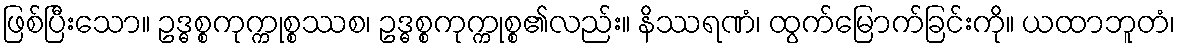
ဖြစ်ပြီးသော။ ဥဒ္ဓစ္စကုက္ကုစ္စဿစ၊ ဥဒ္ဓစ္စကုက္ကုစ္စ၏လည်း။ နိဿရဏံ၊ ထွက်မြောက်ခြင်းကို။ ယထာဘူတံ၊